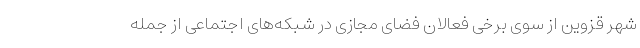
شهر قزوین از سوی برخی فعالان فضای مجازی در شبکه‌های اجتماعی از جمله